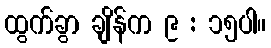
ထွက်ခွာ ချိန်က ၉ : ၁၅ပါ။